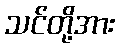
သင်တို့အား